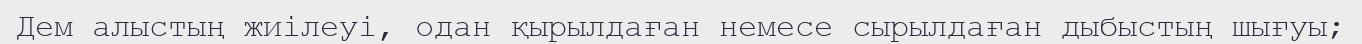
Дем алыстың жиілеуі, одан қырылдаған немесе сырылдаған дыбыстың шығуы;